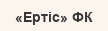
«Ертіс» ФК